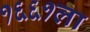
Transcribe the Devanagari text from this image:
१६६१ला